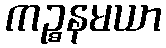
ကဉ္စနမယာ